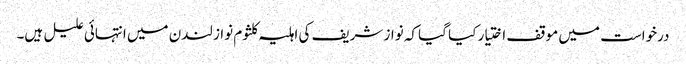
درخواست میں موقف اختیار کیا گیا کہ نواز شریف کی اہلیہ کلثوم نواز لندن میں انتہائی علیل ہیں۔